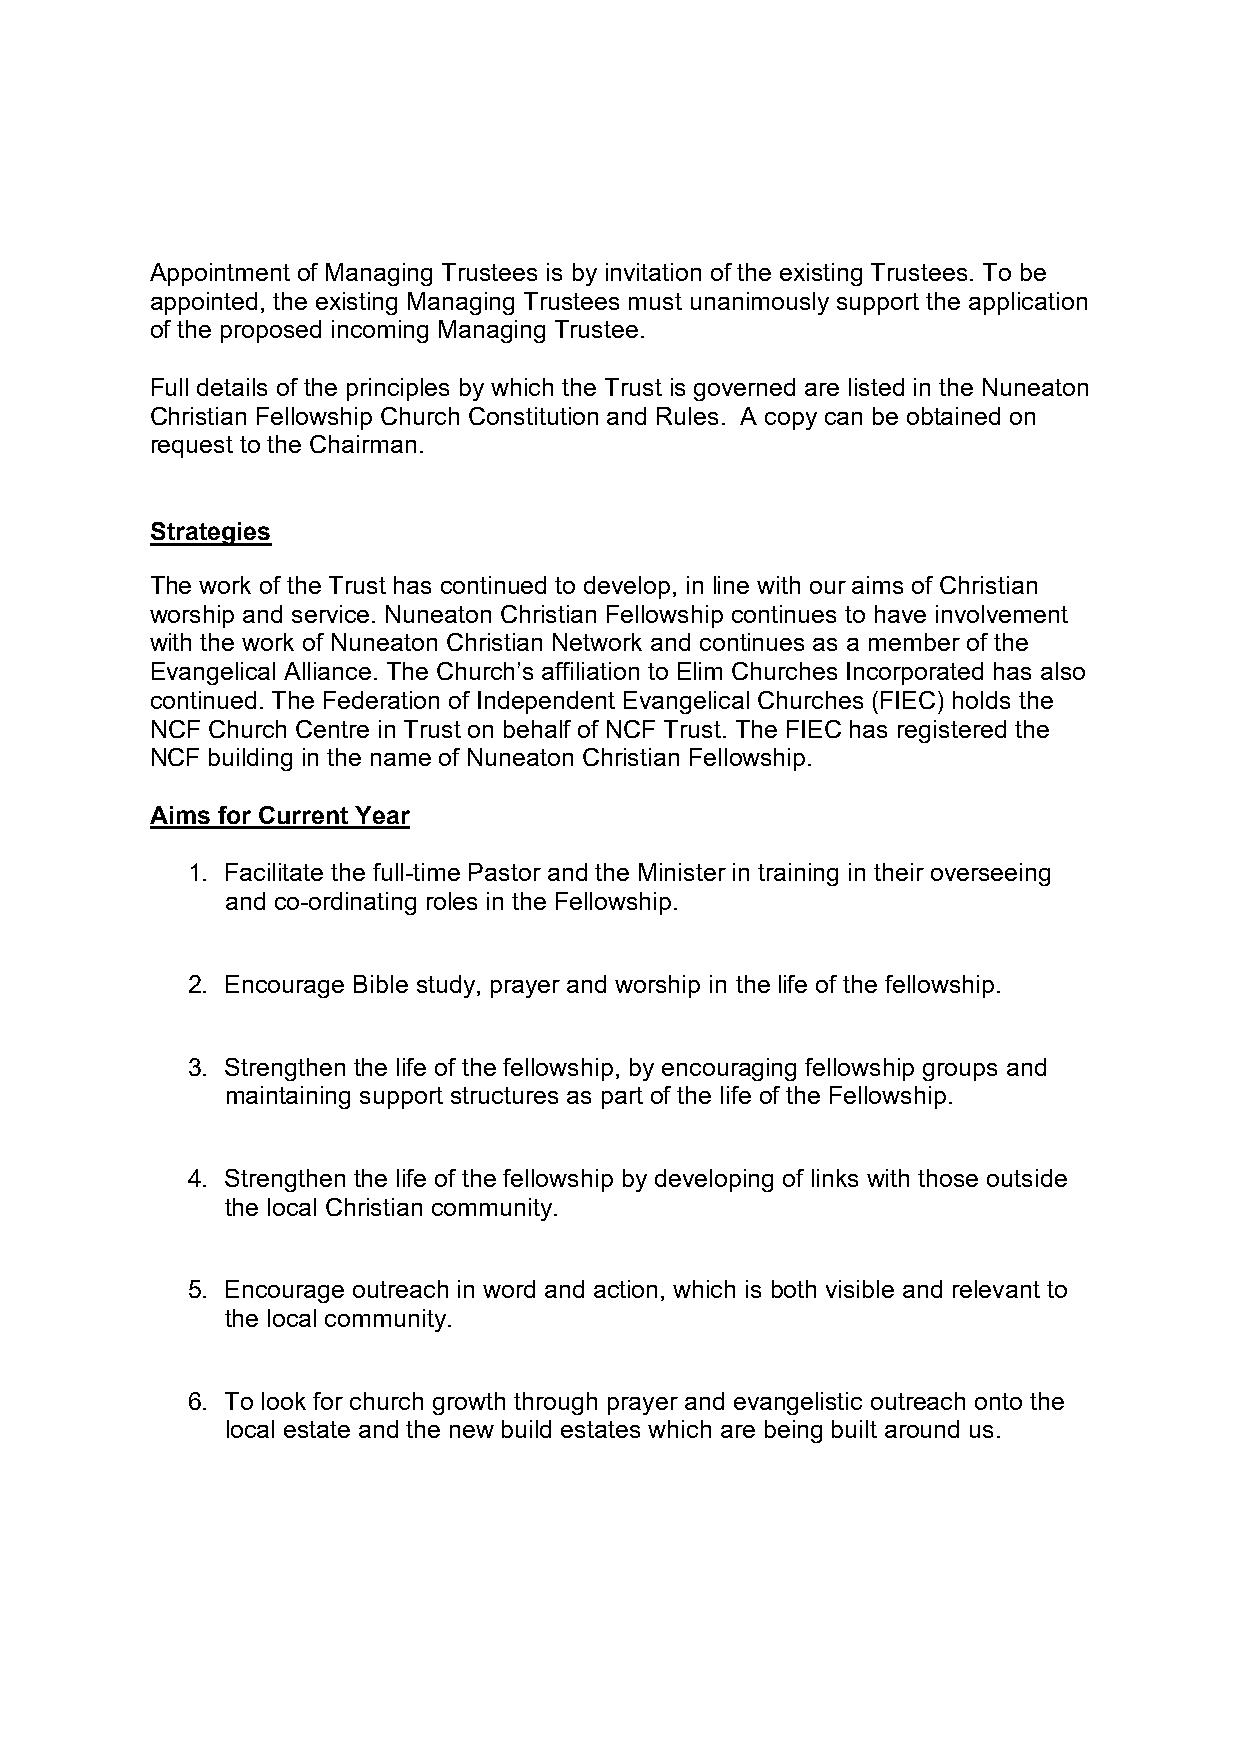
Appointment of Managing Trustees is by invitation of the existing Trustees. To be
 appointed, the existing Managing Trustees must unanimously support the application
 of the proposed incoming Managing Trustee.
 Full details of the principles by which the Trust is governed are listed in the Nuneaton
 Christian Fellowship Church Constitution and Rules. A copy can be obtained on
 request to the Chairman.
 Strategies
 The work of the Trust has continued to develop, in line with our aims of Christian
 worship and service. Nuneaton Christian Fellowship continues to have involvement
 with the work of Nuneaton Christian Network and continues as a member of the
 Evangelical Alliance. The Church’s affiliation to Elim Churches Incorporated has also
 continued. The Federation of Independent Evangelical Churches (FIEC) holds the
 NCF Church Centre in Trust on behalf of NCF Trust. The FIEC has registered the
 NCF building in the name of Nuneaton Christian Fellowship.
 Aims for Current Year
 1. Facilitate the full-time Pastor and the Minister in training in their overseeing
 and co-ordinating roles in the Fellowship.
 2. Encourage Bible study, prayer and worship in the life of the fellowship.
 3. Strengthen the life of the fellowship, by encouraging fellowship groups and
 maintaining support structures as part of the life of the Fellowship.
 4. Strengthen the life of the fellowship by developing of links with those outside
 the local Christian community.
 5. Encourage outreach in word and action, which is both visible and relevant to
 the local community.
 6. To look for church growth through prayer and evangelistic outreach onto the
 local estate and the new build estates which are being built around us.